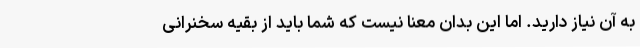
به آن نیاز دارید. اما این بدان معنا نیست که شما باید از بقیه سخنرانی